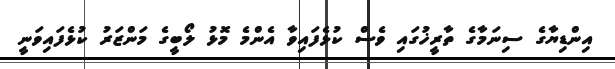
އިންޑިޔާގެ ސިނަމާގެ ތާރީޚުގައި ވެސް ކުޅެފައިވާ އެންމެ މޮޅު ލޯބީގެ މަންޒަރު ކުޅެފައިވަނީ